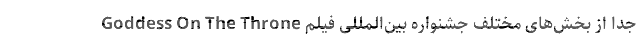
جدا از بخش‌های مختلف جشنواره بین‌المللی فیلم Goddess On The Throne